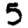
Digit: 5